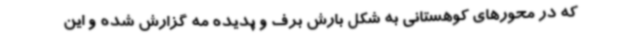
که در محورهای کوهستانی به شکل بارش برف و پدیده مه گزارش شده‌ و این